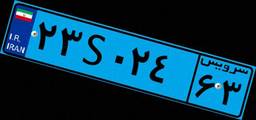
۴۵S۵۰۶۵۷